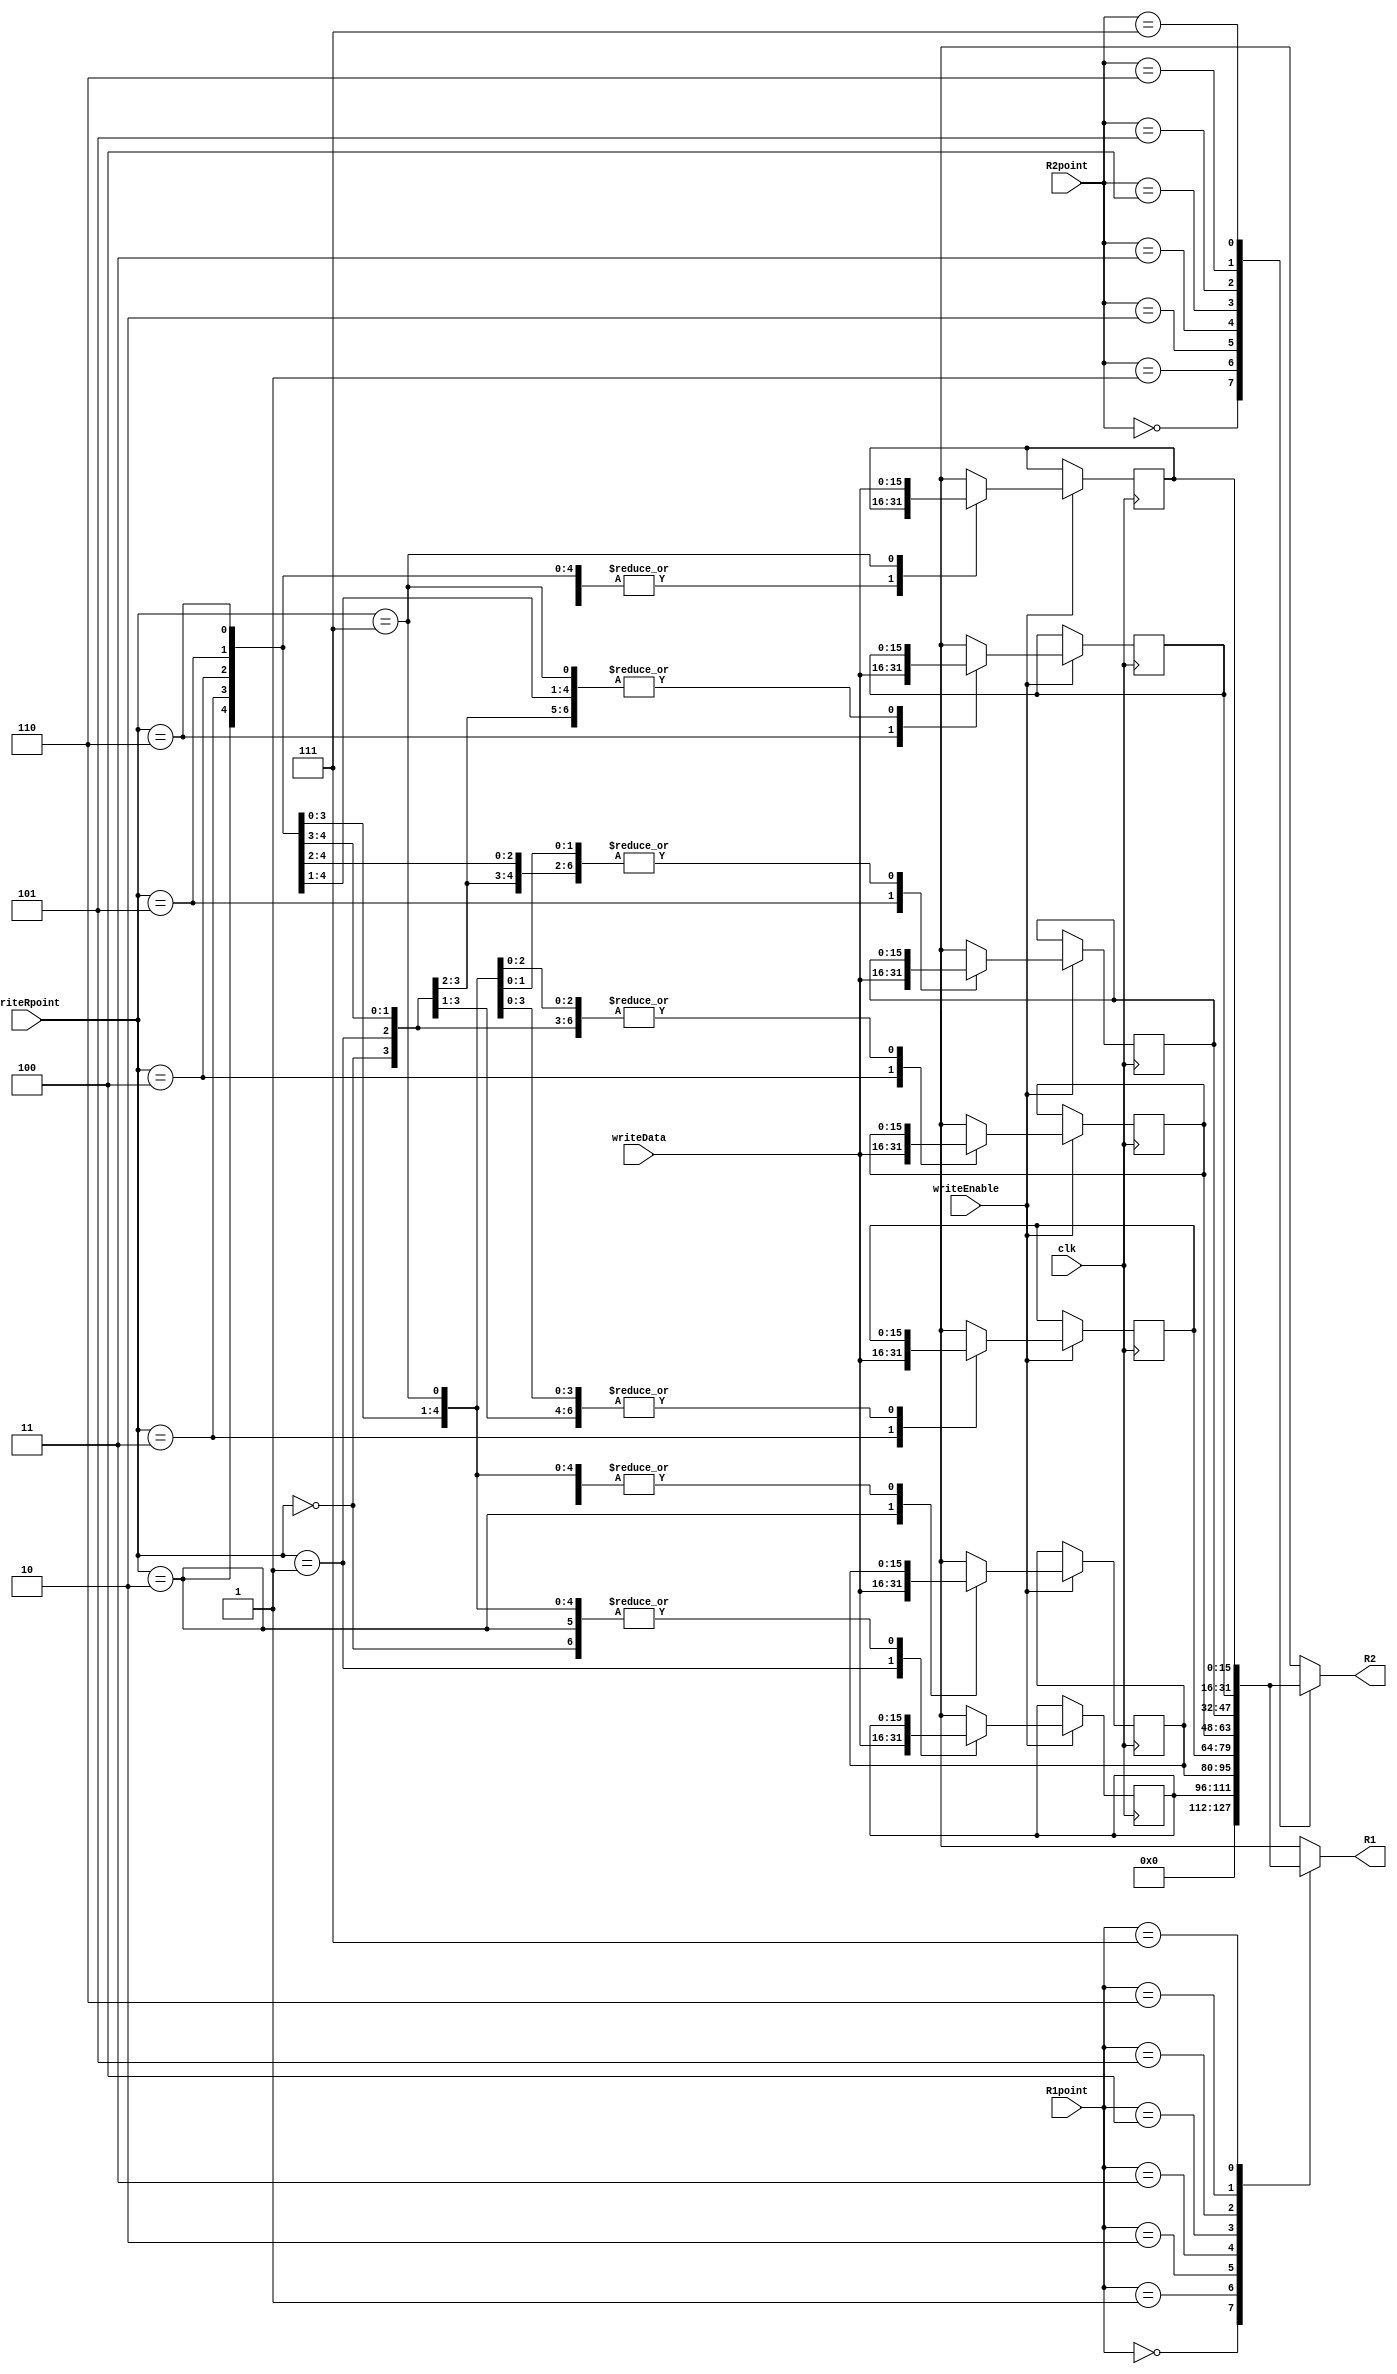
module RegisterFile(input clk, input [2:0] R1point, R2point, writeRpoint, input [15:0] writeData, input writeEnable, output reg[15:0] R1, R2);
    reg [15:0] Registers [0:15];

    integer i;
    initial begin
        for (i=0; i<15; i=i+1) begin
            Registers[i] = 0;
        end
        // Registers[0] = 3;
        // Registers[1] = 5;
        // // Registers[1] = 1;
    end

    always @(*) begin
        Registers[0] = 0;
        R1 = Registers[R1point];
		R2 = Registers[R2point];
    end

    always @(negedge clk)
		if (writeEnable) Registers[writeRpoint] = writeData;

endmodule

///////////////////////////////////&